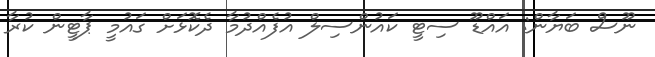
ނޫސް ބަޔާން: އައްޑޫ ސިޓީ ކައުންސިލް އުފެއްދުމާ ދެކޮޅަށް ގައުމީ ޕާޓީން ކުރާ